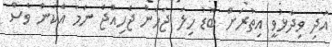
އަދި ވިދާޅުވީ އިތުރަށް ބޮޑު ހިލަ ޖަހަން ޖެހިއްޖެ ނަމަ އެކަން ވެސް